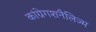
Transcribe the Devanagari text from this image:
कांग्रेगशनैलिज्म